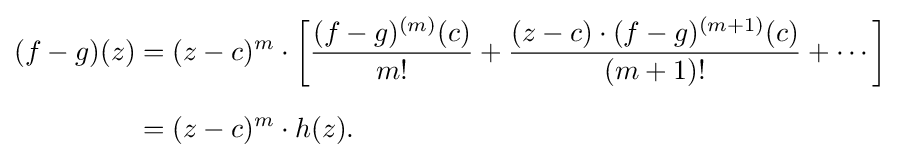
{\begin{aligned}(f-g)(z)&{}=(z-c)^{m}\cdot \left[{\frac {(f-g)^{(m)}(c)}{m!}}+{\frac {(z-c)\cdot (f-g)^{(m+1)}(c)}{(m+1)!}}+\cdots \right]\\[6pt]&{}=(z-c)^{m}\cdot h(z).\end{aligned}}